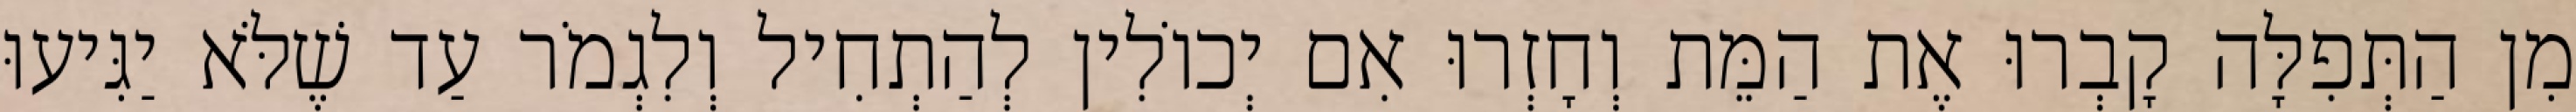
מִן הַתְּפִלָּה קָבְרוּ אֶת הַמֵּת וְחָזְרוּ אִם יְכוֹלִין לְהַתְחִיל וְלִגְמֹר עַד שֶׁלֹּא יַגִּיעוּ